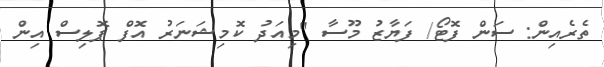
ތެރެއިން: ސަން ފޮޓޯ/ ފަޔާޒު މޫސާ "މިއަދު ކޮމިޝަނަރު އޮފް ޕޮލިސް އިން